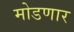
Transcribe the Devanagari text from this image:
मोडणार